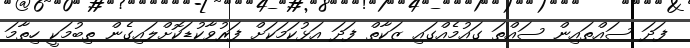
ފަދަ ސައްތައިން ސައްތަ ގައުމެއްގައި ޒަކާތް ފަދަ އަޅުކަމަކަށް ފަރުވާކުޑަކޮށްލައިގެން ތިބުމަކީ ހިތާމަ